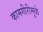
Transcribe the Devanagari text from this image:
कामगीरीमूळे